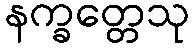
နက္ခတ္တေသု